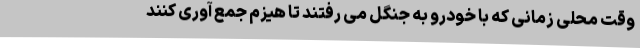
وقت محلی زمانی که با خودرو به جنگل می رفتند تا هیزم جمع آوری کنند